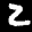
Label: 2